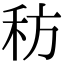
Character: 䄱